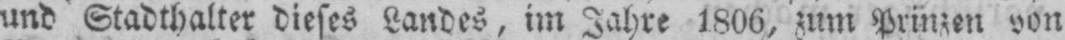
und Stadthalter dieses Landes, im Jahre 1806, zum Prinzen von